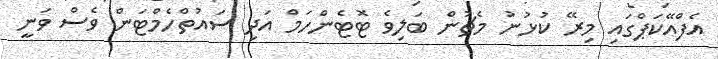
އެފްއޭކަޕްގައި މިރޭ ކުޅުނު މެޗުން ބަލިވެ ޓޮޓެންހަމް އަދި ސައުތްހެމްޓަން ވެސް ވަނީ